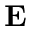
\mathbf { E }